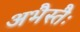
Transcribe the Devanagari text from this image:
अभैस्तैः